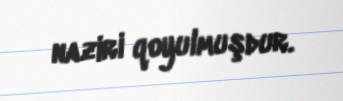
naziri qoyulmuşdur.